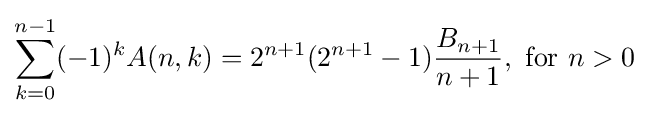
\sum _{k=0}^{n-1}(-1)^{k}A(n,k)=2^{n+1}(2^{n+1}-1){\frac {B_{n+1}}{n+1}},{\text{  for  }}n>0